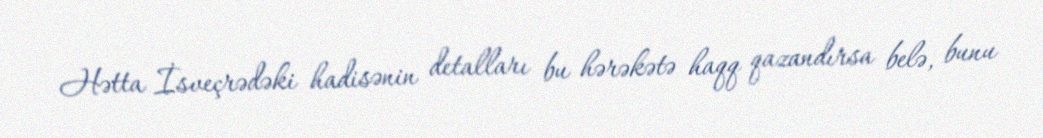
Hətta İsveçrədəki hadisənin detalları bu hərəkətə haqq qazandırsa belə, bunu